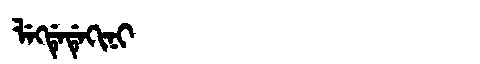
Manchu: ᠯᡝᡴᡩᡝᡩᡝᡴᡳᠨᡳ
Romanization: LEKDEDEKINI